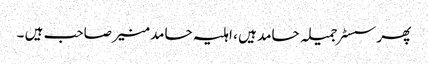
پھر سسٹر جمیلہ حامد ہیں ، اہلیہ حامد منیر صاحب ہیں ۔